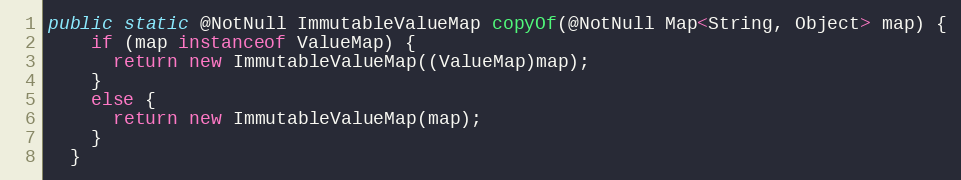
Language: Java
public static @NotNull ImmutableValueMap copyOf(@NotNull Map<String, Object> map) {
    if (map instanceof ValueMap) {
      return new ImmutableValueMap((ValueMap)map);
    }
    else {
      return new ImmutableValueMap(map);
    }
  }